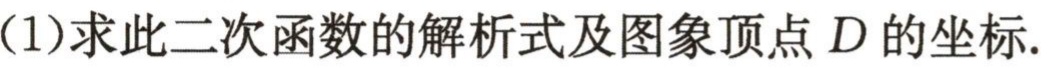
（1）求此二次函数的解析式及图象顶点 \(D\) 的坐标.